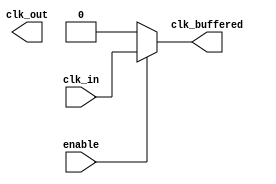
module ClockTreeBuffer (
    input wire clk_in,             // Input Clock Signal
    input wire enable,             // Enable signal for power management
    output wire clk_out,           // Output Clock Signal
    output wire clk_buffered       // Buffered Clock Signal for internal use
);

// Parameters to control the number of buffer stages
parameter NUM_STAGES = 3;

// Buffer Structure: You can replace this with actual buffer instances from a library
generate
    genvar i;
    for (i = 0; i < NUM_STAGES; i = i + 1) begin : buffer_stage
        if (i == 0) begin
            // First stage - Connect input clock to the first buffer
            assign clk_buffered[i] = (enable) ? clk_in : 1'b0; 
        end else begin
            // Intermediate stages - Each buffer drives the next one based on enabled state
            assign clk_buffered[i] = (enable) ? clk_buffered[i-1] : 1'b0; 
        end
    end
endgenerate

// Final output clock from the last buffered stage
assign clk_out = clk_buffered[NUM_STAGES - 1];

// Add additional circuitry for skew minimization and load balancing
// (This would typically involve careful placement and sizing of the buffers)

// A simple example of delay elements for signal integrity/ timing matching (simplistic)
reg [1:0] clk_delay_reg;
always @(posedge clk_buffered[NUM_STAGES - 1]) begin
    clk_delay_reg <= {clk_delay_reg[0], clk_buffered[NUM_STAGES - 1]};
end

assign clk_out = clk_delay_reg[1];

// Built-in test feature (should be implemented as per specific requirements)
initial begin
    // Testing clock buffer output
    if (enable) begin
        $display("Clock output enabled.");
    end else begin
        $display("Clock output disabled.");
    end
end

endmodule